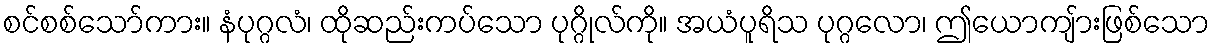
စင်စစ်သော်ကား။ နံပုဂ္ဂလံ၊ ထိုဆည်းကပ်သော ပုဂ္ဂိုလ်ကို။ အယံပူရိသ ပုဂ္ဂလော၊ ဤယောကျ်ားဖြစ်သော